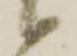
候